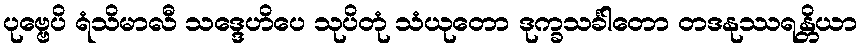
ပုဗ္ဗေပိ ရံသိမာလီ သဒ္ဒေဟိပေ သုပိတုံ သံယုတော ဒုက္ခသင်္ခါတော တဒနုဿရန္တိယာ